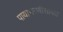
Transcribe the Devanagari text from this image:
पायाभरणीसोबत